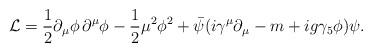
LaTeX: \begin{align*}{\cal L}=\frac{1}{2}\partial_{\mu}\phi\,\partial^{\mu}\phi -\frac{1}{2}\mu^{2}\phi^{2} +\bar{\psi} (i\gamma^{\mu}\partial_{\mu}-m+ig\gamma_{5}\phi) \psi. \end{align*}